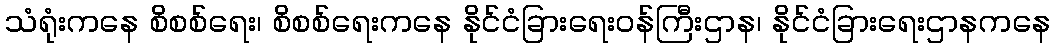
သံရုံးကနေ စိစစ်ရေး၊ စိစစ်ရေးကနေ နိုင်ငံခြားရေးဝန်ကြီးဌာန၊ နိုင်ငံခြားရေးဌာနကနေ